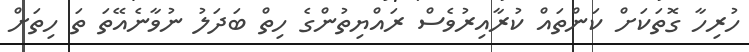
ހުރިހާ ގޮތަކަށް ކަންތައް ކުރާއިރުވެސް ރައްޔިތުންގެ ހިތް ބަދަލު ނުވާނެއޭތަ ތަ ހިތަށް